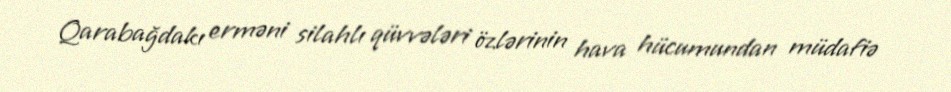
Qarabağdakı erməni silahlı qüvvələri özlərinin hava hücumundan müdafiə